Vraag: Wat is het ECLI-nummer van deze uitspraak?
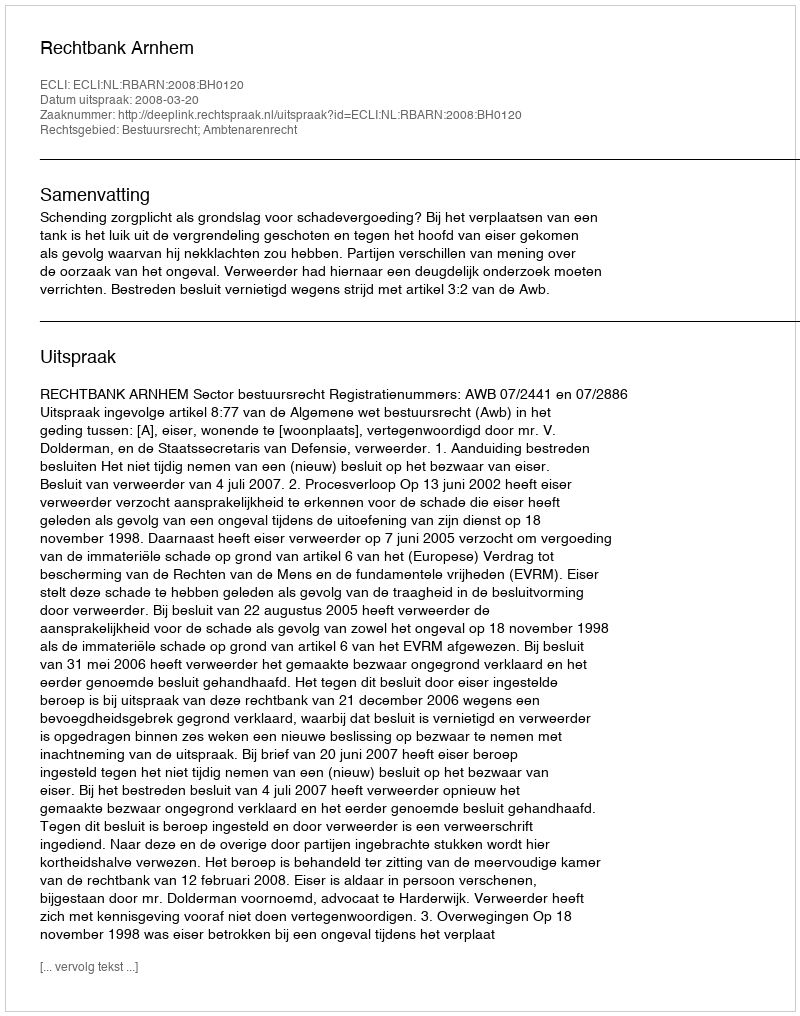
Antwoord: ECLI:NL:RBARN:2008:BH0120